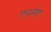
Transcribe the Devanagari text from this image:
एचसीए